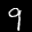
Label: 9